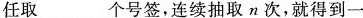
任取___个号签，连续抽取n次，就得到一